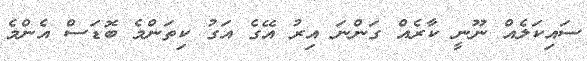
ސައިކަލެއް ނޫނީ ކާރެއް ގަންނަ އިރު އޭގެ އަގު ކިތަންމެ ބޮޑަސް އެންމެ